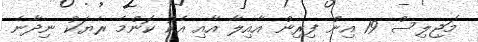
މަޖިލިސް 19 އިން ފިރިން އާއިލާ އާއި އެކު ކޮންމެ ރެޔަކު ނިދާނެ